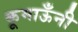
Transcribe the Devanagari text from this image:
कूमाऊँनी